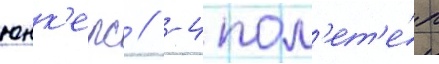
юнк'ерс // -4 пол'ет'е́л